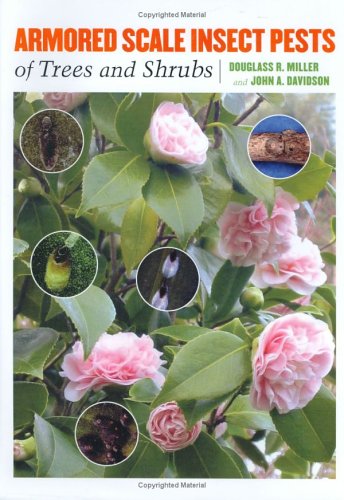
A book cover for Armored Scale Insect Pests of Trees and Shrubs (Hemiptera: Diaspididae) (Comstock Book); Douglass R. Miller; Science & Math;